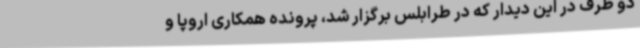
دو طرف در این دیدار که در طرابلس برگزار شد، پرونده همکاری اروپا و